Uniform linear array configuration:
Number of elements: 4
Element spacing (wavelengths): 0.5
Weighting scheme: hann
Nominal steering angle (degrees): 30
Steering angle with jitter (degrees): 30.536
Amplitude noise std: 0.05
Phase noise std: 0.05

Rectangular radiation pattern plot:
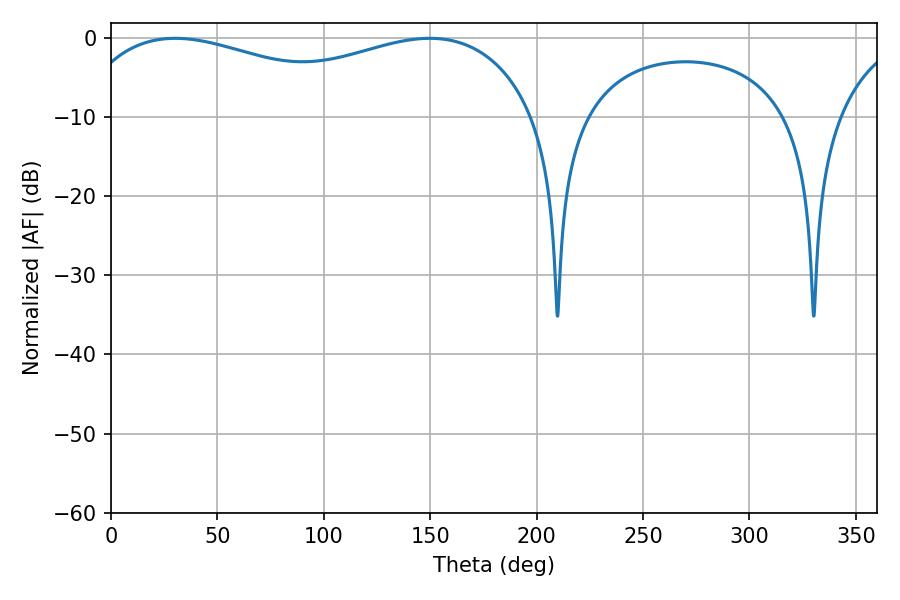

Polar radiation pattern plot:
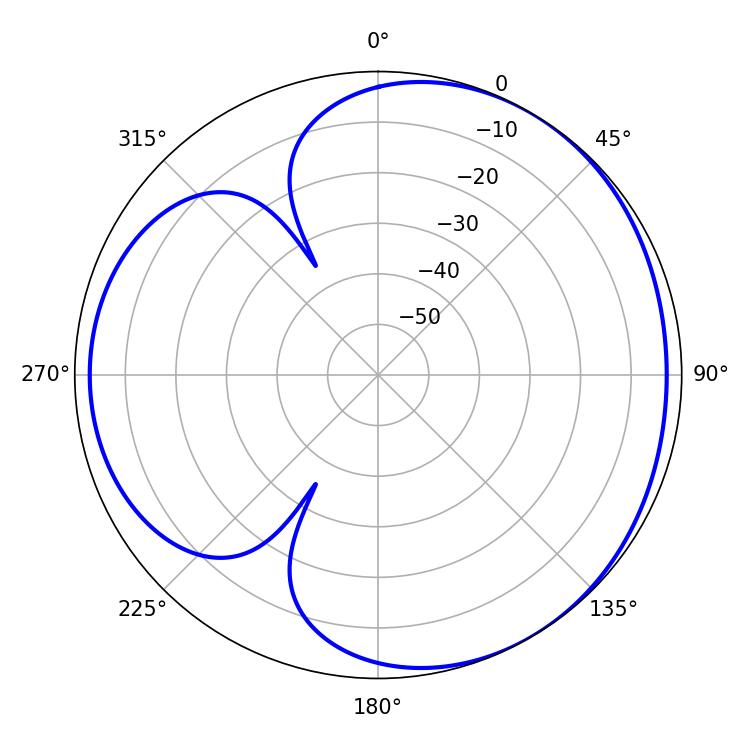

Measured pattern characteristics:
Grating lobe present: FALSE
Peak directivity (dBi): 3.498
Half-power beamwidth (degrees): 179.64
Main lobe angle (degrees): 30.24